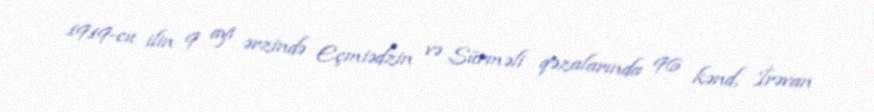
1919-cu ilin 9 ayı ərzində Eçmiədzin və Sürməli qəzalarında 96 kənd, İrəvan